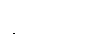
ရှိသည်။